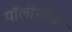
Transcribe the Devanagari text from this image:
पॉलीमोर्फ